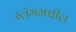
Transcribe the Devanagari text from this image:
स्लॅममधील